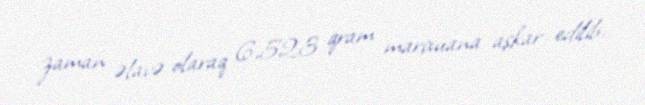
zaman əlavə olaraq 6,523 qram marixuana aşkar edilib.